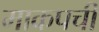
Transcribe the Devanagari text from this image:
माकपची